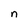
Character: n